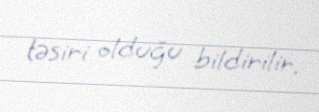
təsiri olduğu bildirilir.